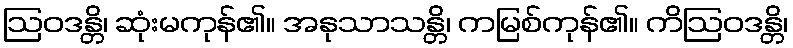
ဩဝဒန္တိ၊ ဆုံးမကုန်၏။ အနုသာသန္တိ၊ ကမြစ်ကုန်၏။ ကိဩဝဒန္တိ၊